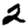
Digit: 2